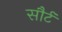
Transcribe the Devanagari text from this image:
सौर्ट